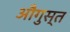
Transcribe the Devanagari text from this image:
औगुस्त